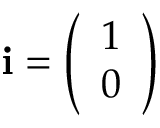
\mathbf { i } = { \left( \begin{array} { l } { 1 } \\ { 0 } \end{array} \right) }